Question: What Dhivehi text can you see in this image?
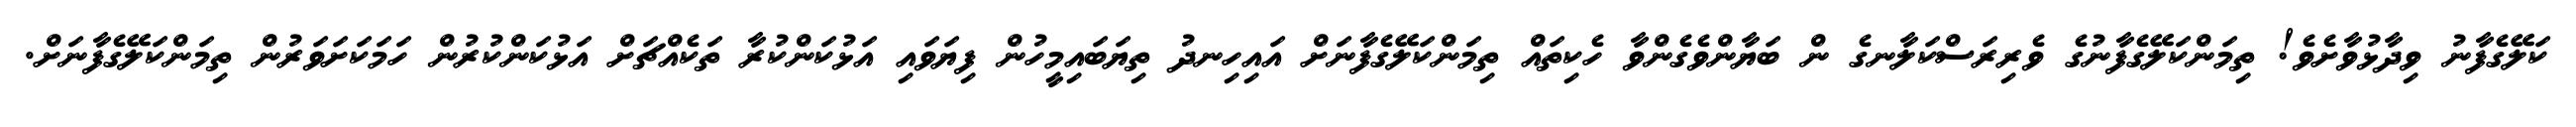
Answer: ކަލޭގެފާނު ވިދާޅުވާށެވެ! ތިމަންކަލޭގެފާނުގެ ވެރިރަސްކަލާނގެ ން ބަޔާންވެގެންވާ ހެކިތައް ތިމަންކަލޭގެފާނަށް އައިހިނދު ތިޔަބައިމީހުން ފިޔަވައި އަޅުކަންކުރާ ތަކެއްޗަށް އަޅުކަންކުރުން ހަމަކަށަވަރުން ތިމަންކަލޭގެފާނަށް.